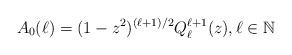
LaTeX: \begin{align*} A_0(\ell) = (1-z^2)^{(\ell+1)/2} Q^{\ell+1}_{\ell}(z), \ell \in \mathbb{N}\end{align*}